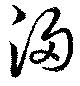
浸